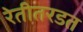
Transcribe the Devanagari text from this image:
रेतीतरडत